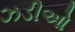
ઝડીઓ